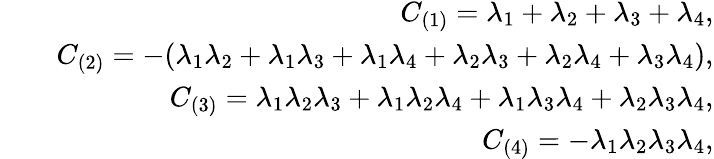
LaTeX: \begin{array}{rlr}&{}&{C_{(1)}=\lambda_{1}+\lambda_{2}+\lambda_{3}+\lambda_{4},}\\ &{}&{C_{(2)}=-(\lambda_{1}\lambda_{2}+\lambda_{1}\lambda_{3}+\lambda_{1}\lambda_{4}+\lambda_{2}\lambda_{3}+\lambda_{2}\lambda_{4}+\lambda_{3}\lambda_{4}),}\\ &{}&{C_{(3)}=\lambda_{1}\lambda_{2}\lambda_{3}+\lambda_{1}\lambda_{2}\lambda_{4}+\lambda_{1}\lambda_{3}\lambda_{4}+\lambda_{2}\lambda_{3}\lambda_{4},}\\ &{}&{C_{(4)}=-\lambda_{1}\lambda_{2}\lambda_{3}\lambda_{4},}\end{array}